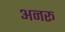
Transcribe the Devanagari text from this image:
अनरू